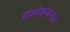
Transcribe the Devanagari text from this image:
संशोधनत्मक